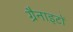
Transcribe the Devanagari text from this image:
ग्रैनाइटों